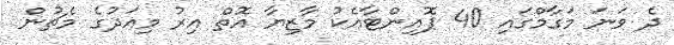
ދެ ވަނަ މަގާމްގައި 40 ޕޮއިންޓާއެކު މާޒިޔާ އޮތް އިރު މިއަދުގެ މެޗުން